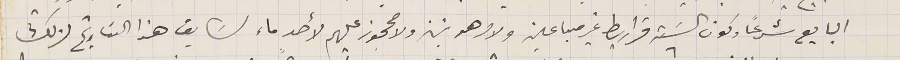
البايع شرعاً وكون السَته قراريط غير مباعين ولا مرهونين ولا محجوز عليهم لأحدٍ ما، سَابق هذا التاريخ لذلك